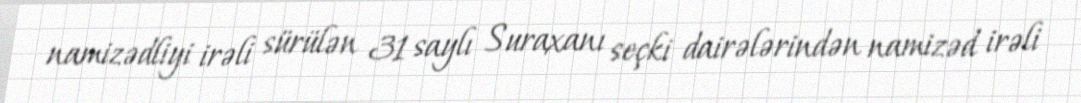
namizədliyi irəli sürülən 31 saylı Suraxanı seçki dairələrindən namizəd irəli